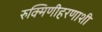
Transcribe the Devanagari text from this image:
रुक्मिणीहरणाशी